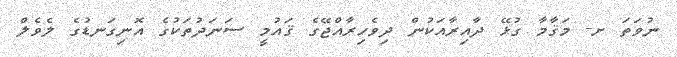
ނުވަތަ ށ- މަޤާމާ ގުޅޭ ދާއިރާއަކުން ދިވެހިރާއްޖޭގެ ޤައުމީ ސަނަދުތަކުގެ އޮނިގަނޑުގެ ލެވެލް